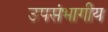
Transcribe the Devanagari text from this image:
उपसंभागीय